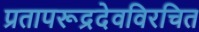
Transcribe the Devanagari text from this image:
प्रतापरूद्रदेवविरचित